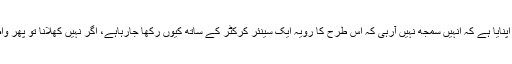
چیئرمین پی سی بی کے نام خط میں محمد حفیظ نے موقف اپنایا ہے کہ انہیں سمجھ نہیں آرہی کہ اس طرح کا رویہ ایک سینئر کرکٹر کے ساتھ کیوں رکھا جارہاہے، اگر نہیں کھلانا تو پھر واضح طور پر بتادیا جائے تاکہ عزت کے ساتھ الگ ہوجاؤں۔